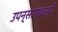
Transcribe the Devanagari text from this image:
उपन्सासकारों